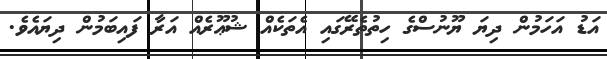
އަޑު އަހަމުން ދިޔަ ޔޫނުސްގެ ހިތުތެރޭގައި އެތަކެއް ޝުޢޫރެއް އަރާ ފައިބަމުން ދިޔައެވެ.